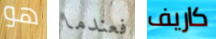
هو فعندما كاريف